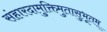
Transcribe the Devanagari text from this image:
संहारदामुक्तिमुतासुभूतम्